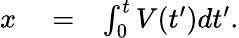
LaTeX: \begin{array}{rlr}{x}&{{}=}&{\int_{0}^{t}V(t^{\prime})dt^{\prime}.}\end{array}